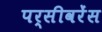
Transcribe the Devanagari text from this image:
पर्सीवरेंस